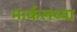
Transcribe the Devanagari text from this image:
मार्कलच्या